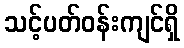
သင့်ပတ်ဝန်းကျင်ရှိ